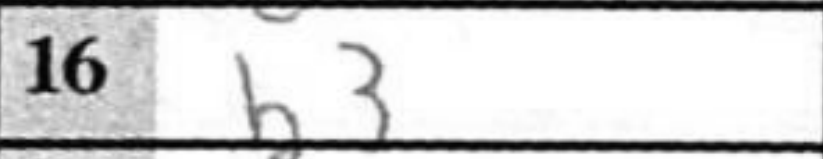
Transcription: b3